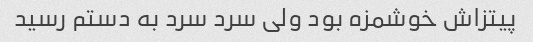
پیتزاش خوشمزه بود ولی سرد سرد به دستم رسید